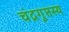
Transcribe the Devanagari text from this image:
चंद्रगुप्तस्य